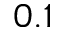
0 . 1